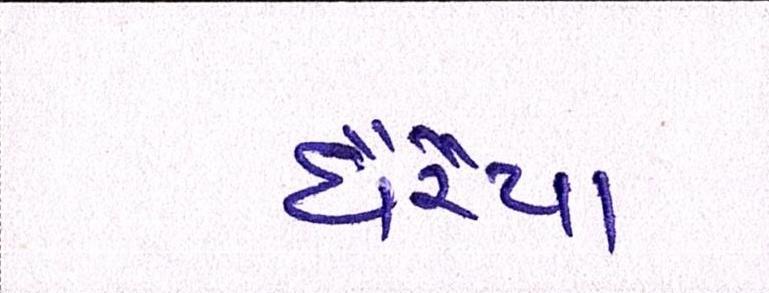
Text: ઘેરૈયા